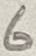
Text: 6